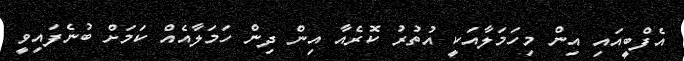
އެފްބީއައި އިން މިހަމަލާއަކީ އުތުރު ކޮރެއާ އިން ދިން ހަމަލާއެއް ކަމަށް ބުނެފައިވީ